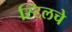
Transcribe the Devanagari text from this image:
स्टिलचे